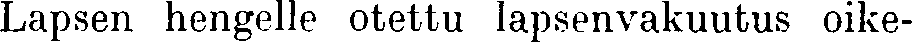
Lapsen hengelle otettu lapsenvakuutus oike-